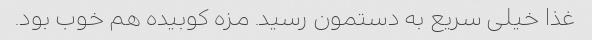
غذا خیلی سریع به دستمون رسید. مزه کوبیده هم خوب بود.